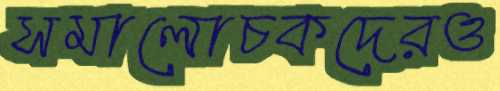
সমালোচকদেরও